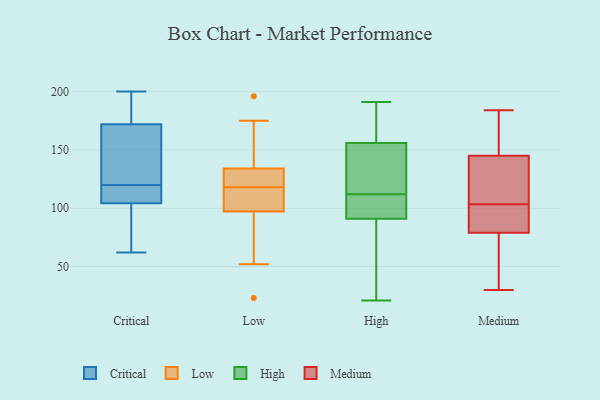
{"axis": {"x": "Churn Rate (%)", "y": "Value"}, "legend": ["Critical", "High", "Low", "Medium"], "data": [{"x": "", "y": 130, "type": "Critical"}, {"x": "", "y": 186, "type": "Critical"}, {"x": "", "y": 197, "type": "Critical"}, {"x": "", "y": 109, "type": "Critical"}, {"x": "", "y": 104, "type": "Critical"}, {"x": "", "y": 120, "type": "Critical"}, {"x": "", "y": 75, "type": "Critical"}, {"x": "", "y": 62, "type": "Critical"}, {"x": "", "y": 200, "type": "Critical"}, {"x": "", "y": 121, "type": "Critical"}, {"x": "", "y": 105, "type": "Critical"}, {"x": "", "y": 65, "type": "Low"}, {"x": "", "y": 101, "type": "Low"}, {"x": "", "y": 175, "type": "Low"}, {"x": "", "y": 96, "type": "Low"}, {"x": "", "y": 52, "type": "Low"}, {"x": "", "y": 122, "type": "Low"}, {"x": "", "y": 158, "type": "Low"}, {"x": "", "y": 137, "type": "Low"}, {"x": "", "y": 118, "type": "Low"}, {"x": "", "y": 110, "type": "Low"}, {"x": "", "y": 23, "type": "Low"}, {"x": "", "y": 119, "type": "Low"}, {"x": "", "y": 113, "type": "Low"}, {"x": "", "y": 125, "type": "Low"}, {"x": "", "y": 196, "type": "Low"}, {"x": "", "y": 112, "type": "High"}, {"x": "", "y": 156, "type": "High"}, {"x": "", "y": 82, "type": "High"}, {"x": "", "y": 141, "type": "High"}, {"x": "", "y": 91, "type": "High"}, {"x": "", "y": 96, "type": "High"}, {"x": "", "y": 112, "type": "High"}, {"x": "", "y": 167, "type": "High"}, {"x": "", "y": 21, "type": "High"}, {"x": "", "y": 151, "type": "High"}, {"x": "", "y": 108, "type": "High"}, {"x": "", "y": 137, "type": "High"}, {"x": "", "y": 104, "type": "High"}, {"x": "", "y": 69, "type": "High"}, {"x": "", "y": 180, "type": "High"}, {"x": "", "y": 28, "type": "High"}, {"x": "", "y": 181, "type": "High"}, {"x": "", "y": 191, "type": "High"}, {"x": "", "y": 69, "type": "Medium"}, {"x": "", "y": 97, "type": "Medium"}, {"x": "", "y": 60, "type": "Medium"}, {"x": "", "y": 141, "type": "Medium"}, {"x": "", "y": 163, "type": "Medium"}, {"x": "", "y": 114, "type": "Medium"}, {"x": "", "y": 145, "type": "Medium"}, {"x": "", "y": 65, "type": "Medium"}, {"x": "", "y": 81, "type": "Medium"}, {"x": "", "y": 181, "type": "Medium"}, {"x": "", "y": 79, "type": "Medium"}, {"x": "", "y": 120, "type": "Medium"}, {"x": "", "y": 184, "type": "Medium"}, {"x": "", "y": 165, "type": "Medium"}, {"x": "", "y": 81, "type": "Medium"}, {"x": "", "y": 105, "type": "Medium"}, {"x": "", "y": 102, "type": "Medium"}, {"x": "", "y": 30, "type": "Medium"}]}